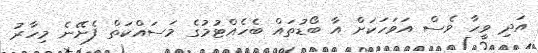
އަދި ވީހާ ވެސް އަވަހަކަށް އާ ބޯޑުތައް ބެހެއްޓުމުގެ މަސައްކަތް ފެށޭނެ މިހާރު